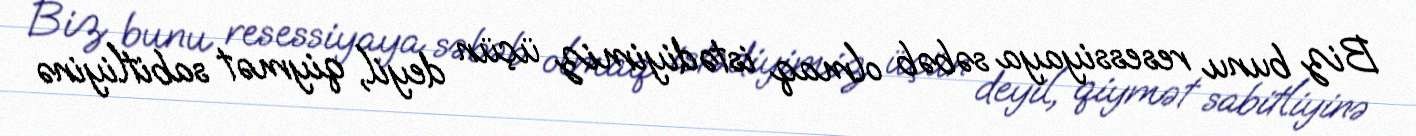
Biz bunu resessiyaya səbəb olmaq istədiyimiz üçün deyil, qiymət sabitliyinə